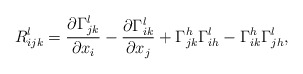
\begin{align*} R^{l}_{ijk} = \frac{\partial \Gamma^{l}_{jk}}{\partial x_i} - \frac{\partial \Gamma^{l}_{ik}}{\partial x_j} + \Gamma^{h}_{jk} \Gamma^{l}_{ih} - \Gamma^{h}_{ik} \Gamma^{l}_{jh},\end{align*}